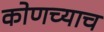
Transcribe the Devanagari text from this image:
कोणच्याच